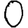
Digit: 0